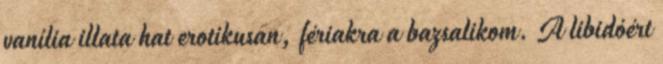
vanília illata hat erotikusan, fériakra a bazsalikom. A libidóért